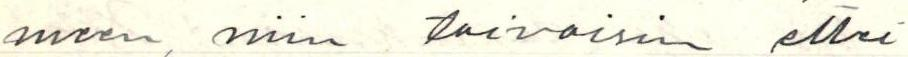
meen, niin toivoisin ettei